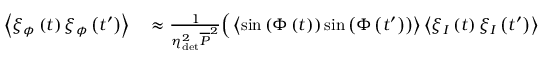
\begin{array} { r l } { \left\langle \xi _ { \phi } \left( t \right) \xi _ { \phi } \left( t ^ { \prime } \right) \right\rangle } & { { } \approx \frac { 1 } { \eta _ { \mathrm { d e t } } ^ { 2 } \overline { { P } } ^ { 2 } } \Big ( \left\langle \sin { \left( \Phi \left( t \right) \right) } \sin { \left( \Phi \left( t ^ { \prime } \right) \right) } \right\rangle \left\langle \xi _ { I } \left( t \right) \xi _ { I } \left( t ^ { \prime } \right) \right\rangle } \end{array}